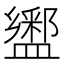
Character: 𰥆